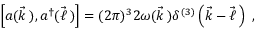
\left[ a ( \vec { k } \, ) , a ^ { \dagger } ( \vec { \ell } \, ) \right] = ( 2 \pi ) ^ { 3 } 2 \omega ( \vec { k } \, ) \delta ^ { ( 3 ) } \left( \vec { k } - \vec { \ell } \, \right) \ ,